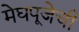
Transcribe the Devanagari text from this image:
मेघपूजेची